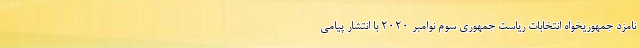
نامزد جمهوریخواه انتخابات ریاست جمهوری سوم نوامبر ۲۰۲۰ با انتشار پیامی